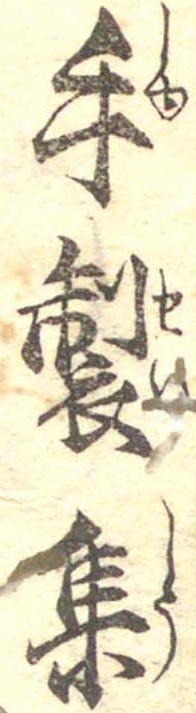
手製集